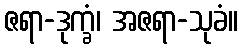
ဇရာ-ဒုက္ခံ၊ အဇရာ-သုခံ။